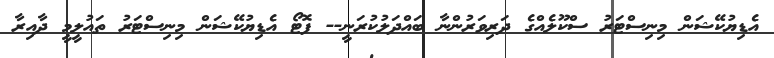
އެޑިޔުކޭޝަން މިނިސްޓަރު ސްކޫލެއްގެ ދަރިވަރުންނާ ބައްދަލުކުރަނީ-- ފޮޓޯ އެޑިޔުކޭޝަން މިނިސްޓަރު ތައުލީމީ ދާއިރާ